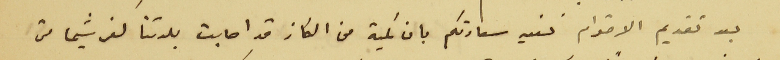
بعد تقديم الاحترام نفيد سعادتكم بان كمية من الكاز قد اصابت بلدتنا كفرشيما من